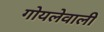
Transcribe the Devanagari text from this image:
गोयलेवाली